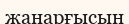
жанарғысын